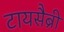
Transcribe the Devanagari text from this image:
टायसैब्री